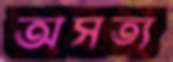
অসত্য